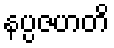
နပ္ပဇဟတိ